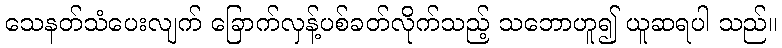
သေနတ်သံပေးလျက် ခြောက်လှန့်ပစ်ခတ်လိုက်သည့် သဘောဟူ၍ ယူဆရပါ သည်။